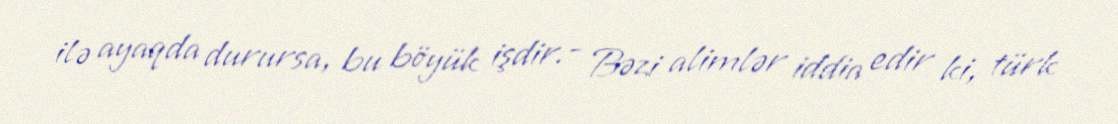
ilə ayaqda durursa, bu böyük işdir.- Bəzi alimlər iddia edir ki, türk